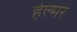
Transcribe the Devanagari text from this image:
हेल्मर